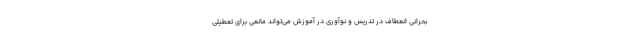
بحرانی انعطاف در تدریس و نوآوری در آموزش می‌تواند مانعی برای تعطیلی